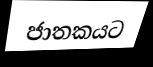
ජාතකයට